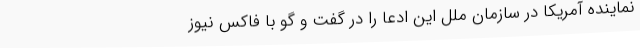
نماینده آمریکا در سازمان ملل این ادعا را در گفت و گو با فاکس نیوز